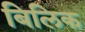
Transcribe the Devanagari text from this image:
बिलिक